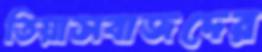
তিয়াসবাজদের